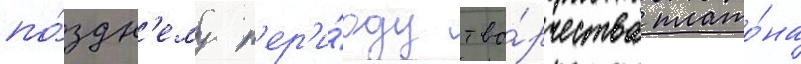
по́здн'ему п'ер'и́оду тво́рчества плато́на